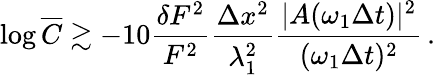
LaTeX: \log\overline{{C}}\gtrsim-10\frac{\delta F^{2}}{F^{2}}\frac{\Delta x^{2}}{\lambda_{1}^{2}}\frac{\vert A(\omega_{1}\Delta t)\vert^{2}}{(\omega_{1}\Delta t)^{2}}\, .